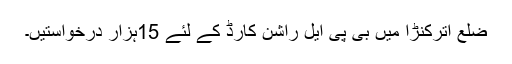
ضلع اُترکنڑا میں بی پی ایل راشن کارڈ کے لئے 15ہزار درخواستیں۔